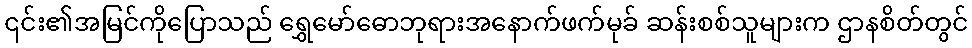
၎င်း၏အမြင်ကိုပြောသည် ရွှေမော်ဓောဘုရားအနောက်ဖက်မုခ် ဆန်းစစ်သူများက ဌာနစိတ်တွင်